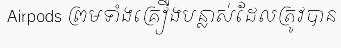
Airpods ព្រមទាំងគ្រឿងបន្លាស់ដែលត្រូវបាន